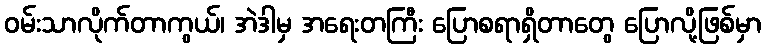
ဝမ်းသာလိုက်တာကွယ်၊ အဲဒါမှ အရေးတကြီး ပြောစရာရှိတာတွေ ပြောလို့ဖြစ်မှာ